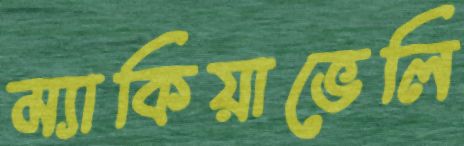
ম্যাকিয়াভেলি